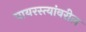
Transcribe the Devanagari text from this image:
पायरस्त्यांवरील